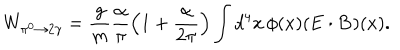
W _ { \pi ^ { 0 } \to 2 \gamma } = \frac { g } { m } \frac { \alpha } { \pi } \left( 1 + \frac { \alpha } { 2 \pi } \right) \int d ^ { 4 } x \, \phi ( x ) ( \mathbf { E \cdot B } ) ( x ) .